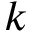
k